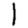
Digit: 1